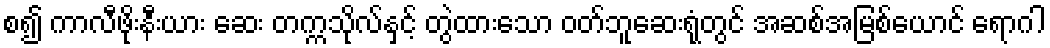
စ၍ ကာလီဖိုးနီးယား ဆေး တက္ကသိုလ်နှင့် တွဲထားသော ဝတ်ဘူဆေးရုံတွင် အဆစ်အမြစ်ယောင် ရောဂါ